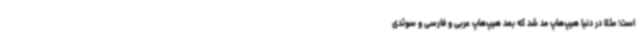
است؛ مثلا در دنیا هیپ‌هاپ مد شد که بعد هیپ‌هاپ عربی و فارسی و سوئدی